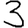
Digit: 3